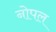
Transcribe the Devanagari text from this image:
नोपल